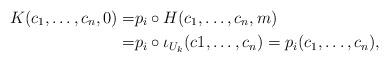
LaTeX: \begin{align*}K(c_1,\dots,c_n,0)= &p_i \circ H (c_1,\dots,c_n,m) \\= &p_i \circ \iota_{U_k}(c1,\dots,c_n)=p_i(c_1,\dots,c_n),\end{align*}